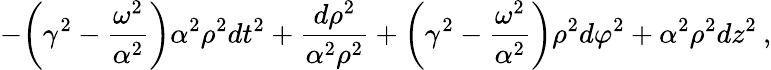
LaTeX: -{\biggl(}\gamma^{2}-\frac{\omega^{2}}{\alpha^{2}}{\biggr)}\alpha^{2}\rho^{2}dt^{2}+\frac{d\rho^{2}}{\alpha^{2}\rho^{2}}+{\biggl(}\gamma^{2}-\frac{\omega^{2}}{\alpha^{2}}{\biggr)}\rho^{2}d\varphi^{2}+\alpha^{2}\rho^{2}dz^{2}\: ,